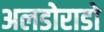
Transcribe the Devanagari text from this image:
अलडोराडो